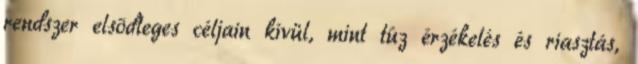
rendszer elsõdleges céljain kívül, mint tûz érzékelés és riasztás,